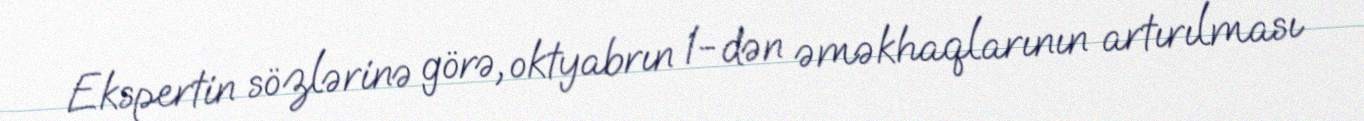
Ekspertin sözlərinə görə, oktyabrın 1-dən əməkhaqlarının artırılması